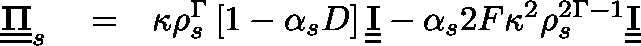
\begin{array} { r l r } { \underline { { \underline { { \mathbf { \Pi } } } } } _ { s } } & { { } = } & { \kappa \rho _ { s } ^ { \Gamma } \left[ 1 - \alpha _ { s } D \right] \underline { { \underline { { \mathbf { I } } } } } - \alpha _ { s } 2 F \kappa ^ { 2 } \rho _ { s } ^ { 2 \Gamma - 1 } \underline { { \underline { { \mathbf { I } } } } } } \end{array}